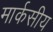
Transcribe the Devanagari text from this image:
मार्कसीय